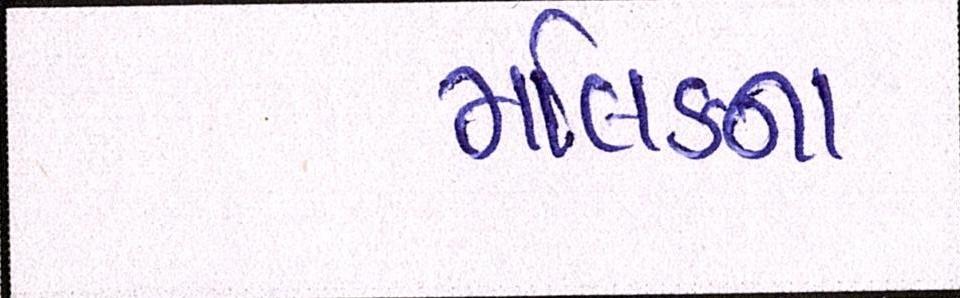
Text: મલિકના